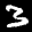
Label: 3